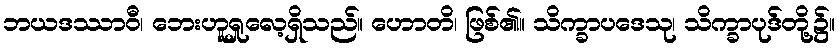
ဘယဒဿာဝီ၊ ဘေးဟူရှုလေ့ရှိသည်။ ဟောတိ၊ ဖြစ်၏။ သိက္ခာပဒေသု၊ သိက္ခာပုဒ်တို့၌။